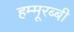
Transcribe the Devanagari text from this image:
हम्मूरब्बी